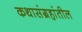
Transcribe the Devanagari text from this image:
कथासंग्रहांतील